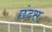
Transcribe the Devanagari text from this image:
छंदस